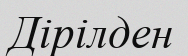
Дірілден